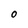
Character: 0